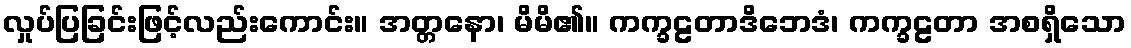
လှုပ်ပြခြင်းဖြင့်လည်းကောင်း။ အတ္တနော၊ မိမိ၏။ ကက္ခဠတာဒိဘေဒံ၊ ကက္ခဠတာ အစရှိသော